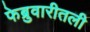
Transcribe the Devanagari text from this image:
फेब्रुवारीतली